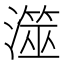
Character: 澨